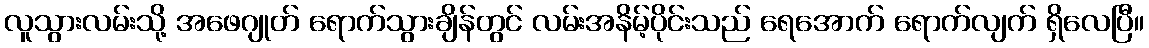
လူသွားလမ်းသို့ အဖေဂျုတ် ရောက်သွားချိန်တွင် လမ်းအနိမ့်ပိုင်းသည် ရေအောက် ရောက်လျက် ရှိလေပြီ။